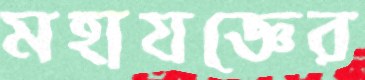
মহাযজ্ঞের